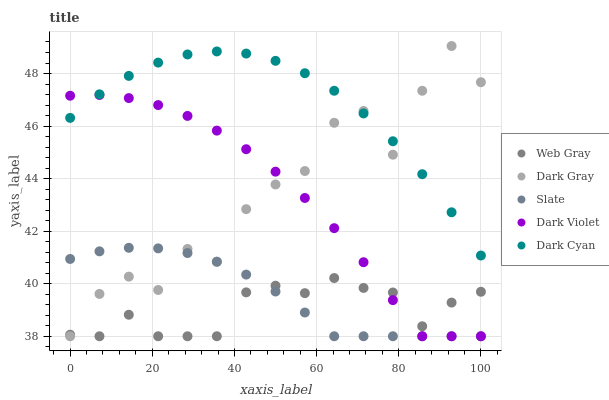
| xaxis_label | Web Gray | Dark Gray | Slate | Dark Violet | Dark Cyan |
 | --- | --- | --- | --- | --- | --- |
 | 0 | 38.1 | 38 | 40.9 | 47.2 | 46.3 |
 | 7.14 | 38 | 39.6 | 41.2 | 47.2 | 47.2 |
 | 14.3 | 38.8 | 40.3 | 41.4 | 47.1 | 47.9 |
 | 21.4 | 38 | 39.8 | 41.3 | 46.8 | 48.4 |
 | 28.6 | 38 | 41.3 | 41.2 | 46.4 | 48.7 |
 | 35.7 | 38 | 40.8 | 40.8 | 45.8 | 48.8 |
 | 42.9 | 39.7 | 42.8 | 40.3 | 45.1 | 48.8 |
 | 50 | 39.9 | 43.8 | 39.7 | 44.3 | 48.5 |
 | 57.1 | 39.6 | 44.3 | 38.9 | 43.3 | 48 |
 | 64.3 | 40.2 | 46.1 | 38 | 42.1 | 47.3 |
 | 71.4 | 39.8 | 46.6 | 38 | 40.8 | 46.5 |
 | 78.6 | 39.7 | 44.9 | 38 | 39.4 | 45.4 |
 | 85.7 | 38.4 | 47.3 | 38 | 38 | 44.2 |
 | 92.9 | 39.3 | 49 | 38 | 38 | 42.7 |
 | 100 | 39.7 | 47.7 | 38 | 38 | 41.1 |